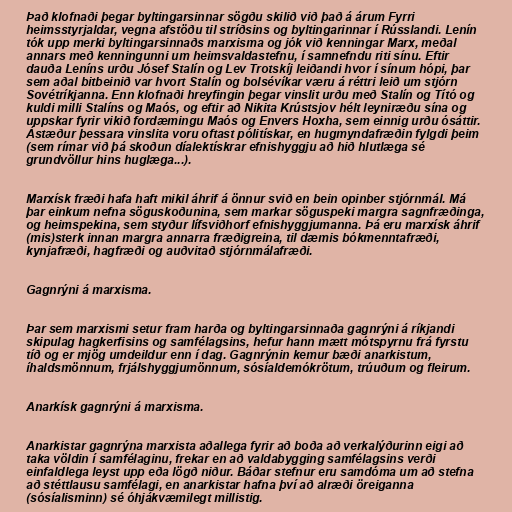
Það klofnaði þegar byltingarsinnar sögðu skilið við það á árum Fyrri
heimsstyrjaldar, vegna afstöðu til stríðsins og byltingarinnar í Rússlandi. Lenín
tók upp merki byltingarsinnaðs marxisma og jók við kenningar Marx, meðal
annars með kenningunni um heimsvaldastefnu, í samnefndu riti sínu. Eftir
dauða Leníns urðu Jósef Stalín og Lev Trotskíj leiðandi hvor í sínum hópi, þar
sem aðal bitbeinið var hvort Stalín og bolsévíkar væru á réttri leið um stjórn
Sovétríkjanna. Enn klofnaði hreyfingin þegar vinslit urðu með Stalín og Tító og
kuldi milli Stalíns og Maós, og eftir að Nikita Krústsjov hélt leyniræðu sína og
uppskar fyrir vikið fordæmingu Maós og Envers Hoxha, sem einnig urðu ósáttir.
Ástæður þessara vinslita voru oftast pólitískar, en hugmyndafræðin fylgdi þeim
(sem rímar við þá skoðun díalektískrar efnishyggju að hið hlutlæga sé
grundvöllur hins huglæga...).

Marxísk fræði hafa haft mikil áhrif á önnur svið en bein opinber stjórnmál. Má
þar einkum nefna söguskoðunina, sem markar söguspeki margra sagnfræðinga,
og heimspekina, sem styður lífsviðhorf efnishyggjumanna. Þá eru marxísk áhrif
(mis)sterk innan margra annarra fræðigreina, til dæmis bókmenntafræði,
kynjafræði, hagfræði og auðvitað stjórnmálafræði.

Gagnrýni á marxisma.

Þar sem marxismi setur fram harða og byltingarsinnaða gagnrýni á ríkjandi
skipulag hagkerfisins og samfélagsins, hefur hann mætt mótspyrnu frá fyrstu
tíð og er mjög umdeildur enn í dag. Gagnrýnin kemur bæði anarkistum,
íhaldsmönnum, frjálshyggjumönnum, sósíaldemókrötum, trúuðum og fleirum.

Anarkísk gagnrýni á marxisma.

Anarkistar gagnrýna marxista aðallega fyrir að boða að verkalýðurinn eigi að
taka völdin í samfélaginu, frekar en að valdabygging samfélagsins verði
einfaldlega leyst upp eða lögð niður. Báðar stefnur eru samdóma um að stefna
að stéttlausu samfélagi, en anarkistar hafna því að alræði öreiganna
(sósíalisminn) sé óhjákvæmilegt millistig.